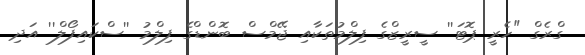
ގްރެގް "ހެރީ ޕޮޓަ'' ސީރީޒްގެ ފިލްމުތަކާއި ޖޭމްސް ބޮންޑްގެ ފިލްމު ''ސްކައިފޯލް'' އަދި